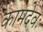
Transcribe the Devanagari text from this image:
कामदेवः